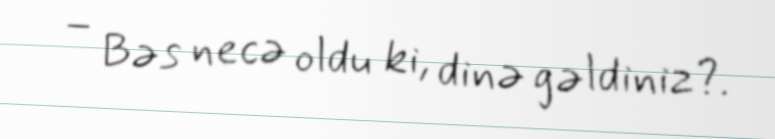
– Bəs necə oldu ki, dinə gəldiniz?.